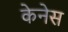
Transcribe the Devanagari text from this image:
केनेस